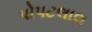
પોપટલાલ